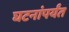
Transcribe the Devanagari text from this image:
घटनांपर्यंत